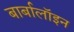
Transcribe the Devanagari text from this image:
बार्बालॉइन